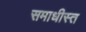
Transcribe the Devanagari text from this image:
समाधीस्त